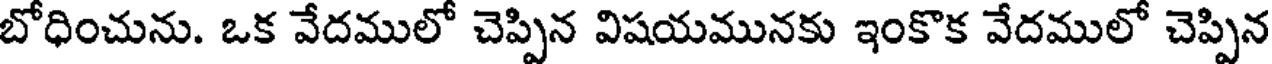
బోధించును. ఒక వేదములో చెప్పిన విషయమునకు ఇంకొక వేదములో చెప్పిన